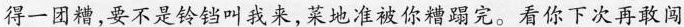
得一团糟，要不是铃铛叫我来，菜地准被你糟蹋完。看你下次再敢闯